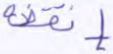
إنقضة